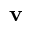
\mathbf { v }